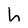
Character: h